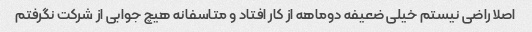
اصلا راضی نیستم خیلی ضعیفه دوماهه از کار افتاد و متاسفانه هیچ جوابی از شرکت نگرفتم